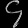
Digit: ၄